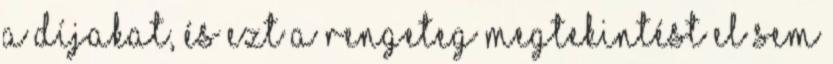
a díjakat, és ezt a rengeteg megtekintést El sem